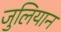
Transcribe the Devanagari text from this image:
जुलियान